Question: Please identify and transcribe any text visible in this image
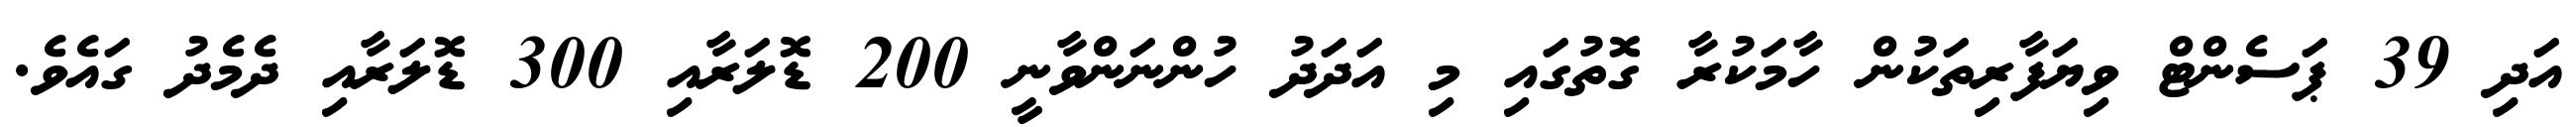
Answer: އަދި 39 ޕަސެންޓް ވިޔަފާރިތަކުން ހާމަކުރާ ގޮތުގައި މި އަދަދު ހުންނަންވާނީ 200 ޑޮލަރާއި 300 ޑޮލަރާއި ދެމެދު ގައެވެ.